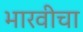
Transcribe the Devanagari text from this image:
भारवीचा